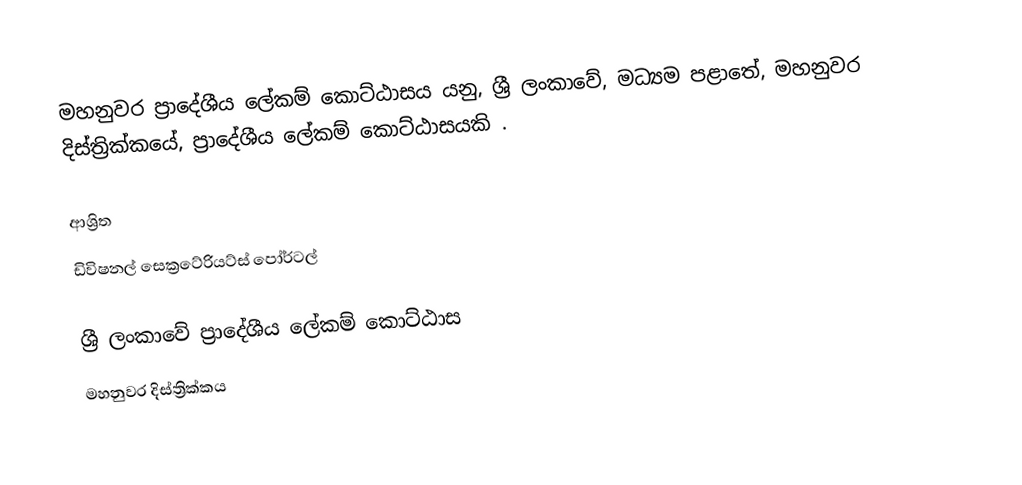
මහනුවර ප්‍රාදේශීය ලේකම් කොට්ඨාසය යනු,  ශ්‍රී ලංකාවේ, මධ්‍යම පළාතේ,   මහනුවර දිස්ත්‍රික්කයේ, ප්‍රාදේශීය ලේකම් කොට්ඨාසයකි .

ආශ්‍රිත
 ඩිවිෂනල් සෙක්‍රටේරියට්ස් පෝර්ටල්

ශ්‍රී ලංකාවේ ප්‍රාදේශීය ලේකම් කොට්ඨාස
මහනුවර දිස්ත්‍රික්කය